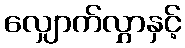
လျှောက်လွှာနှင့်